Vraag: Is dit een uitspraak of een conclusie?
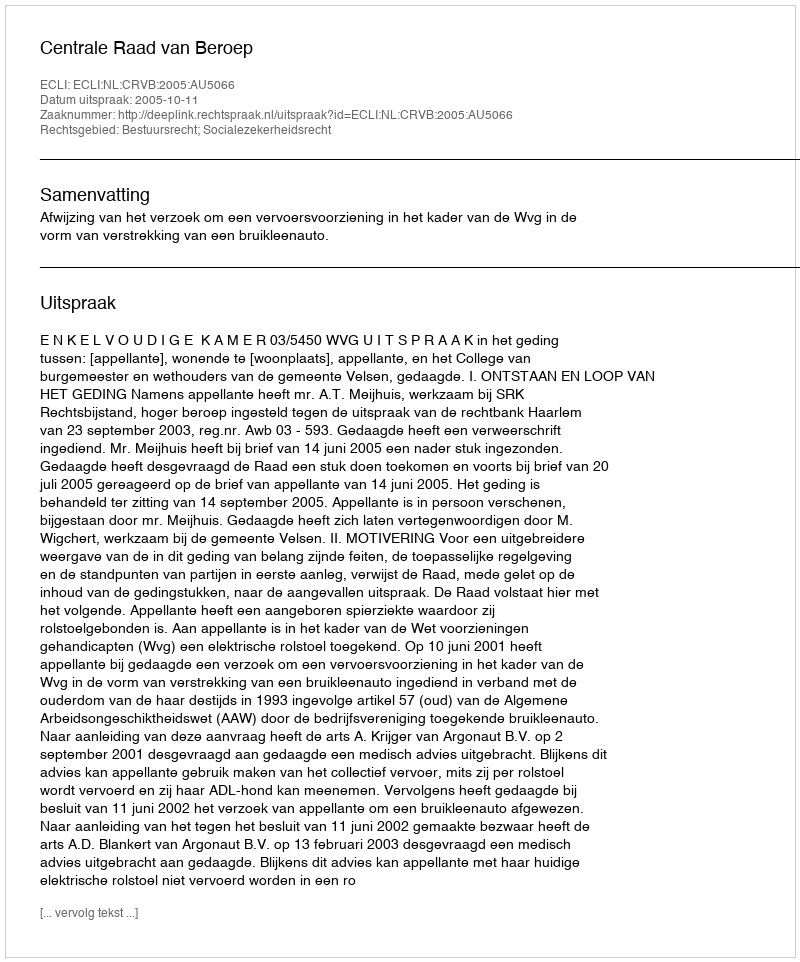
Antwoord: Uitspraak